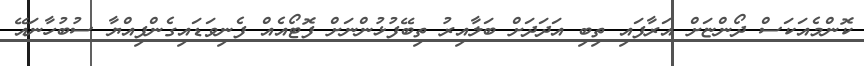
ކޮންމެއަކަސް ދޯންޏަށް އަރާފައި ތިބި އަދަދަށް ބަލާއިރު ތިބޭފުޅުންނަށް ފޮޓޯއެއް ފެނިވަޑައިގެންފިއްޔާ ސުބުހާނައޭ